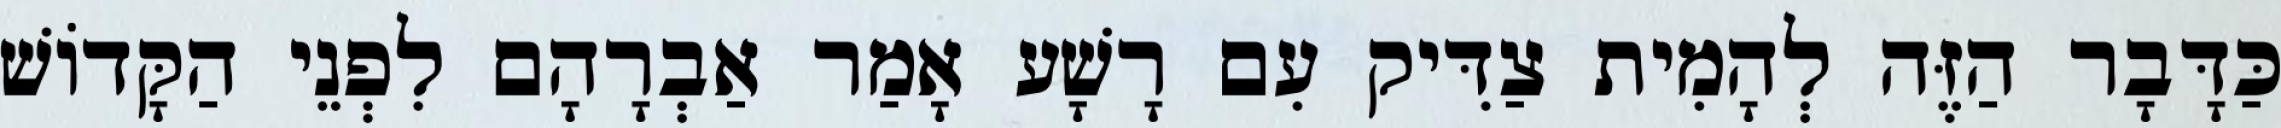
כַּדָּבָר הַזֶּה לְהָמִית צַדִּיק עִם רָשָׁע אָמַר אַבְרָהָם לִפְנֵי הַקָּדוֹשׁ